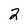
Character: 2